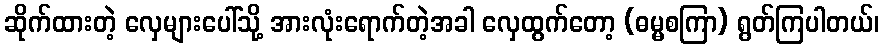
ဆိုက်ထားတဲ့ လှေများပေါ်သို့ အားလုံးရောက်တဲ့အခါ လှေထွက်တော့ (ဓမ္မစကြာ) ရွတ်ကြပါတယ်၊